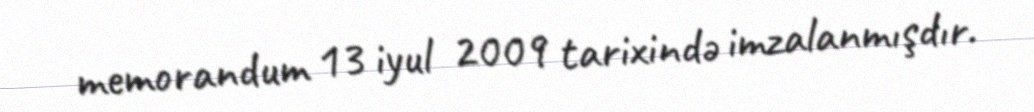
memorandum 13 iyul 2009 tarixində imzalanmışdır.